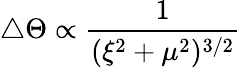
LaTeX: \triangle\Theta\propto\frac{1}{(\xi^{2}+\mu^{2})^{3/2}}